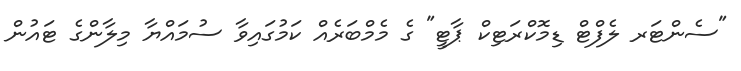
"ސެންޓަރ ލެފްޓް ޑިމޮކްރަޓިކް ޕާޓީ" ގެ މެމްބަރެއް ކަމުގައިވާ ސުމައްޔާ މިލާންގެ ޓައުން